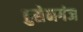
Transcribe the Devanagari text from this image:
हुसेनगंज